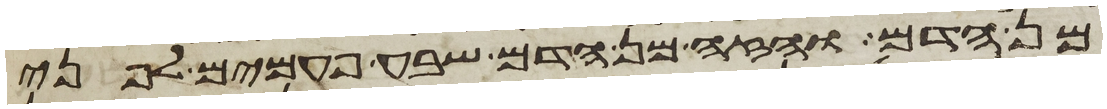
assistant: מן הדם והזה מן הדם שבע פעמים לפני